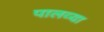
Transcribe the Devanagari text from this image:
पालव्या